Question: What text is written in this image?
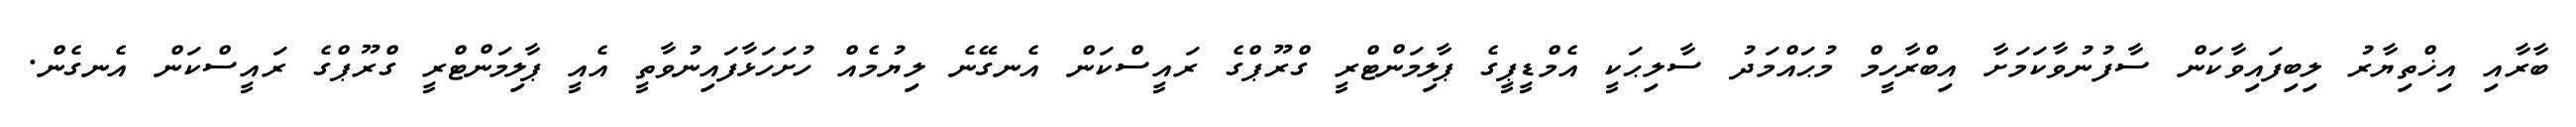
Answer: ބާރާއި އިޚްތިޔާރު ލިބިފައިވާކަން ސާފުނުވާކަމަށާ އިބްރާހީމް މުޙައްމަދު ސާލިޙަކީ އެމްޑީޕީގެ ޕާލިމަންޓްރީ ގްރޫޕްގެ ރައީސްކަން އެނގޭނެ ލިޔުމެއް ހުށަހަޅާފައިނުވާތީ އެއީ ޕާލިމަންޓްރީ ގްރޫޕްގެ ރައީސްކަން އެނގެން.